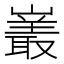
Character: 𪩝